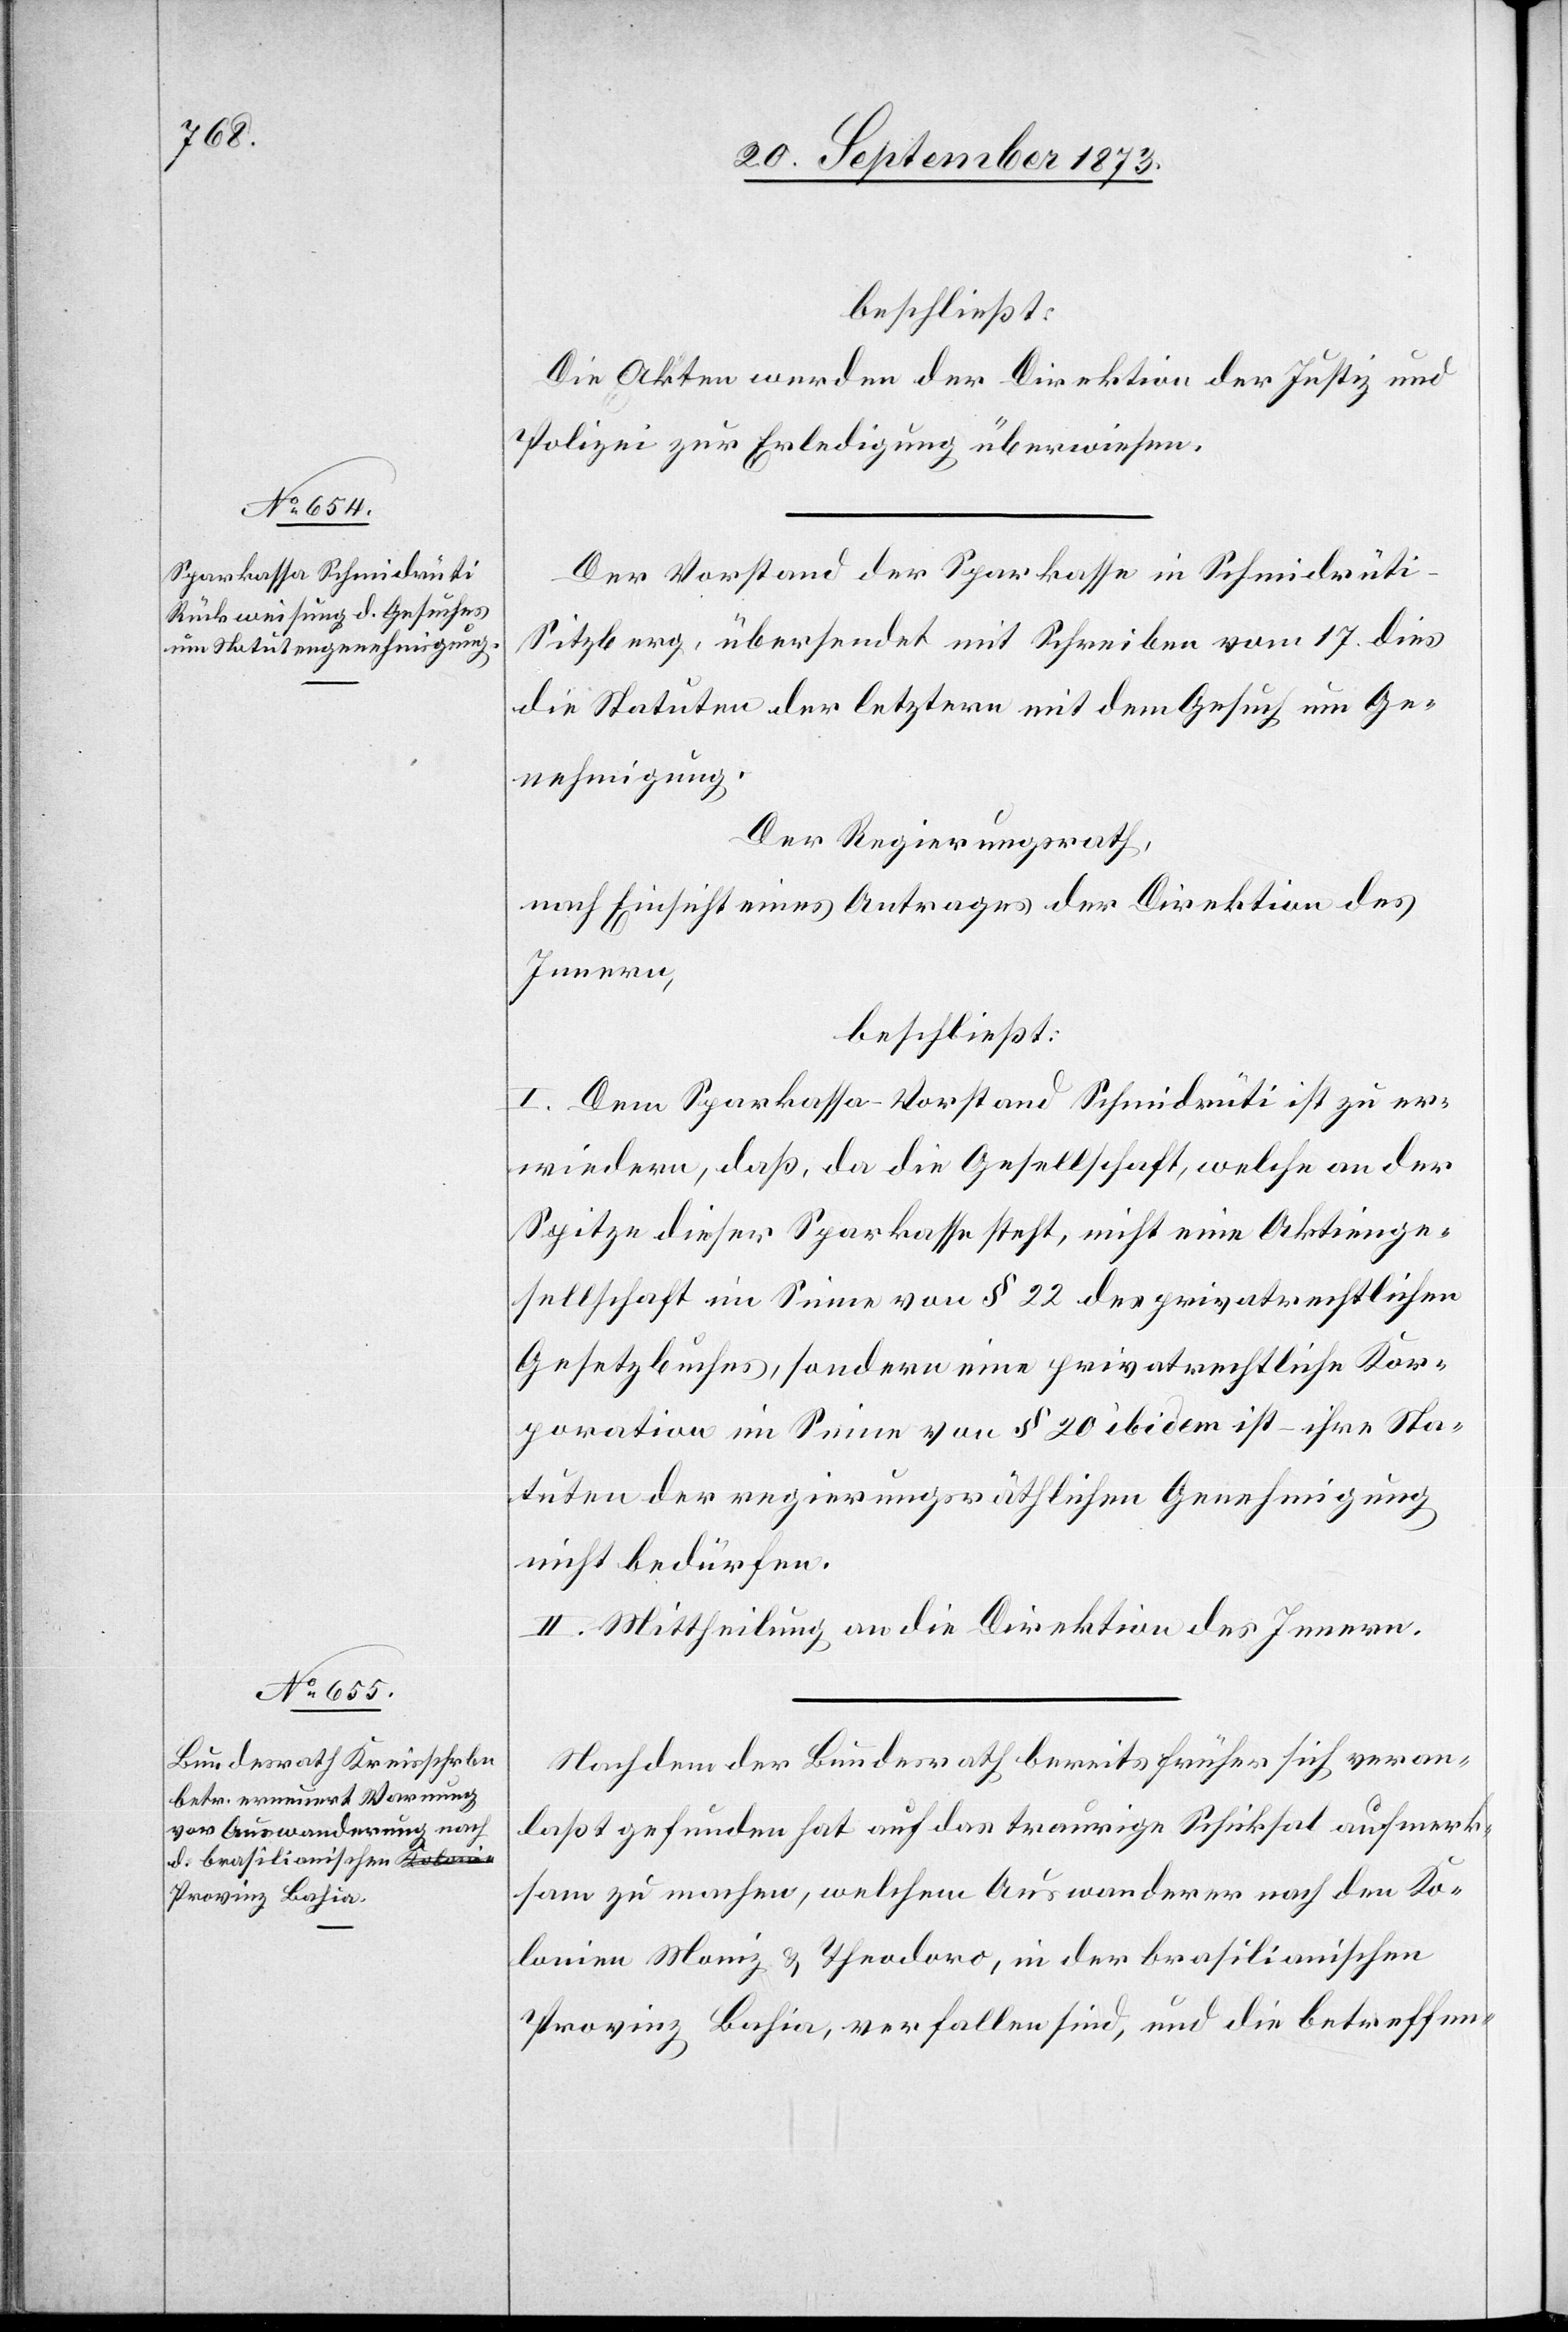
beschließt:
Die Akten werden der Direktion der Justiz und
Polizei zur Erledigung überwiesen.
Der Vorstand der Sparkassa in Schmidrüti-S¬
itzberg, übersendet mit Schreiben vom 17. dies
die Statuten der letztern mit dem Gesuch um Ge¬
nehmigung.
Der Regierungsrath
nach Einsicht eines Antrages der Direktion des
Innern,
beschließt:
I. Dem Sparkassa-Vorstand Schmidrüti ist zu er¬
wiedern, daß, da die Gesellschaft, welche an der
Spitze dieser Sparkasse steht, nicht eine Aktienge¬
sellschaft im Sinne von § 22 des privatrechtlichen
Gesetzbuches, sondern eine privatrechtliche Kor¬
poration im Sinne von § 20 ibidem ist – ihre Sta¬
tuten der regierungsräthlichen Genehmigung
nicht bedürfen.
II. Mittheilung an die Direktion des Innern.
Nachdem der Bundesrath bereits früher sich veran¬
laßt gefunden hat auf das traurige Schicksal aufmerk¬
sam zu machen, welchem Auswanderer nach den Ko¬
lonien Moniz & Theodoro, in der brasilianischen
Provinz Bahia, verfallen sind, und die betreffen-